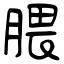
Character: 腲